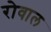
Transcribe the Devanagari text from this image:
रोवाल